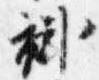
褂